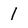
Character: I